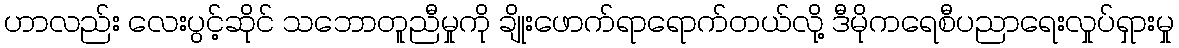
ဟာလည်း လေးပွင့်ဆိုင် သဘောတူညီမှုကို ချိုးဖောက်ရာရောက်တယ်လို့ ဒီမိုကရေစီပညာရေးလှုပ်ရှားမှု